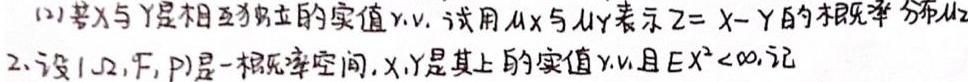
(1)若$X$与$Y$是相互独立的实值r.v.，试用$\mu_X$与$\mu_Y$表示$Z = X - Y$的数学期望$\mu_Z$.
2.设$(\Omega,\mathcal{F},P)$是一概率空间，$X,Y$是其上的实值r.v.且$EX^{2}<\infty$，记